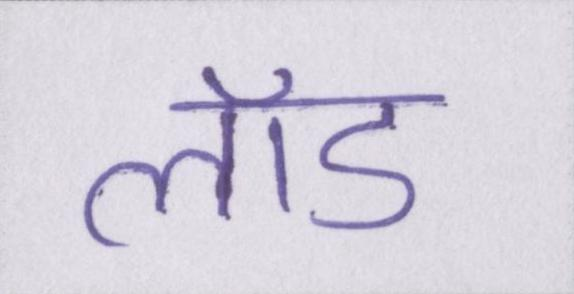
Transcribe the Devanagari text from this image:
लॉड